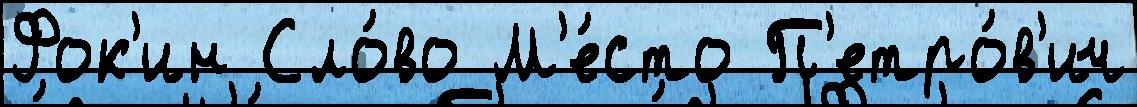
Фок'ин Сло́во М'е́сто П'етро́в'ич